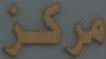
مركز